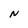
Character: N